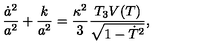
\frac { \dot { a } ^ { 2 } } { a ^ { 2 } } + \frac { k } { a ^ { 2 } } = \frac { \kappa ^ { 2 } } { 3 } \frac { T _ { 3 } V ( T ) } { \sqrt { 1 - \dot { T } ^ { 2 } } } ,